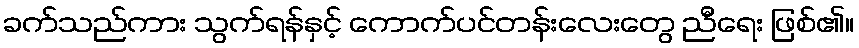
ခက်သည်ကား သွက်ရန်နှင့် ကောက်ပင်တန်းလေးတွေ ညီရေး ဖြစ်၏။